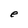
Character: e